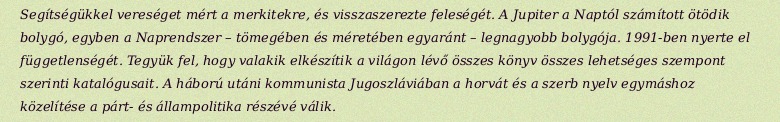
Segítségükkel vereséget mért a merkitekre, és visszaszerezte feleségét. A Jupiter a Naptól számított ötödik bolygó, egyben a Naprendszer – tömegében és méretében egyaránt – legnagyobb bolygója. 1991-ben nyerte el függetlenségét. Tegyük fel, hogy valakik elkészítik a világon lévő összes könyv összes lehetséges szempont szerinti katalógusait. A háború utáni kommunista Jugoszláviában a horvát és a szerb nyelv egymáshoz közelítése a párt- és állampolitika részévé válik.